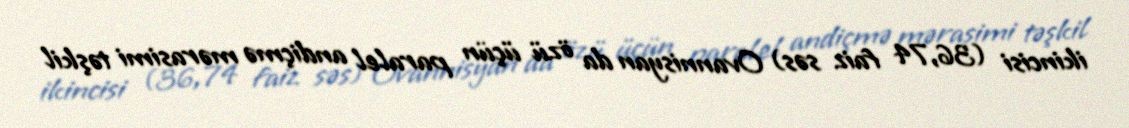
ikincisi (36,74 faiz səs) Ovannisyan da özü üçün paralel andiçmə mərasimi təşkil